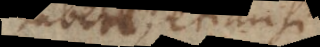
haberent, etiamsi